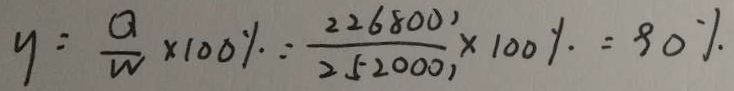
y = \frac { Q } { W } \times 1 0 0 \% \because \frac { 2 2 6 8 0 0 1 } { 2 5 2 0 0 0 1 } \times 1 0 0 \% = 9 0 \%